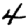
Digit: 4